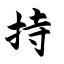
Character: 持